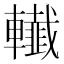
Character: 𨏓